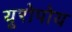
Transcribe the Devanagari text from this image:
यूरोपोय